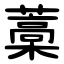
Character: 藁